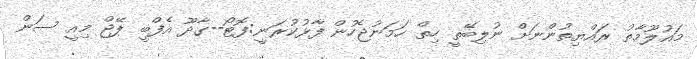
މައުލޫމާތު ރައްޔިތުންނަށް ނުލިބޭތީ ހިތް ހަމަނުޖެހުން ފާޅުކުރަނީ:ފޮޓޯ--ގާދޫ އެފްބީ ޕޭޖް މިއީ ސަން